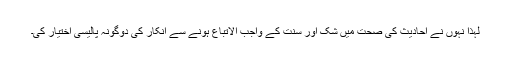
لہذا نہوں نے احادیث کی صحت میں شک اور سنت کے واجب الاتباع ہونے سے انکار کی دوگونہ پالیسی اختیار کی۔